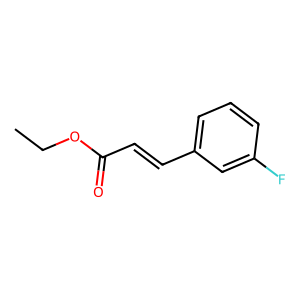
SMILES: CCOC(=O)C=Cc1cccc(F)c1
Inhibits HIV replication: No